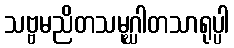
သဗ္ဗမညိတသမုဂ္ဃါတသာရုပ္ပါ